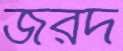
জরদ